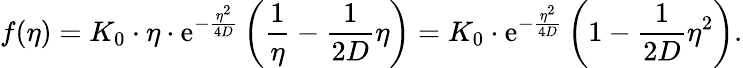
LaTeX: f(\eta)=K_{0}\cdot\eta\cdot\mathrm{e}^{-\frac{{\eta^{2}}}{{4D}}}\left(\frac{{1}}{{\eta}}-\frac{{1}}{{2D}}\eta\right)=K_{0}\cdot\mathrm{e}^{-\frac{{\eta^{2}}}{{4D}}}\left(1-\frac{{1}}{{2D}}\eta^{2}\right).